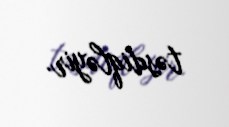
təsdiqləyir.